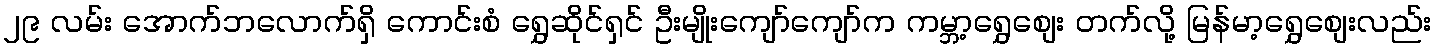
၂၉ လမ်း အောက်ဘလောက်ရှိ ကောင်းစံ ရွှေဆိုင်ရှင် ဦးမျိုးကျော်ကျော်က ကမ္ဘာ့ရွှေစျေး တက်လို့ မြန်မာ့ရွှေစျေးလည်း